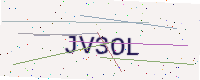
Text: JV3OL